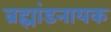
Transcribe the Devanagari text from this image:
ब्रह्मांडनायक